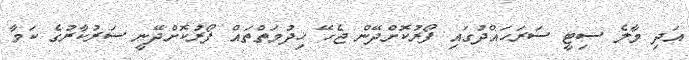
އަދި މާލެ ސިޓީ ސަރަހައްދުގައި ފޯރުކޮށްދޭން ޖެހޭ ޚިދުމަތްތައް ފޯރުކޮށްދޭނީ ސަރުކާރުގެ ކަމާ